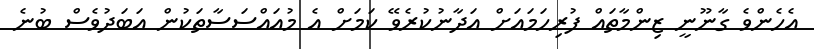
އެހެންވެ ގާނޫނީ ޒިންމާތައް ފުރިހަމައަށް އަދާނުކުރެވޭ ކަމަށް އެ މުއައްސަސާތަކުން އަބަދުވެސް ބުނެ